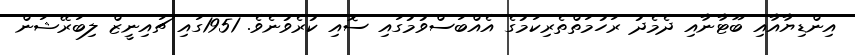
އިންޑިޔާއާއި ބޫޓާނާއި ދެމެދު ރަހުމަތްތެރިކަމުގެ އެއްބަސްވުމުގައި ސޮއި ކުރެވުނެވެ. 1951ގައި ޗައިނީޒް ލިބަރޭޝަން